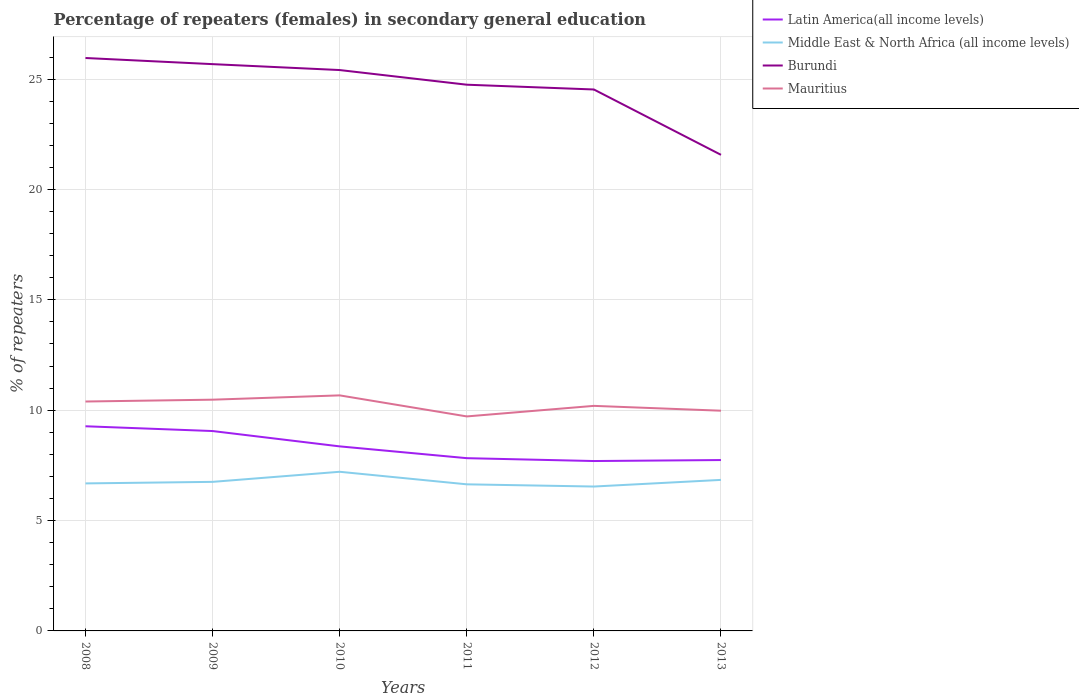
| Years | Latin America(all income levels) | Middle East & North Africa (all income levels) | Burundi | Mauritius |
 | --- | --- | --- | --- | --- |
 | 2008 | 9.27 | 6.68 | 26 | 10.4 |
 | 2009 | 9.06 | 6.75 | 25.7 | 10.5 |
 | 2010 | 8.36 | 7.21 | 25.4 | 10.7 |
 | 2011 | 7.83 | 6.64 | 24.7 | 9.72 |
 | 2012 | 7.7 | 6.54 | 24.5 | 10.2 |
 | 2013 | 7.74 | 6.84 | 21.6 | 9.98 |